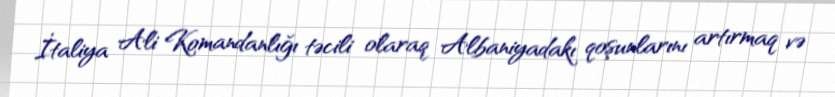
İtaliya Ali Komandanlığı təcili olaraq Albaniyadakı qoşunlarını artırmaq və